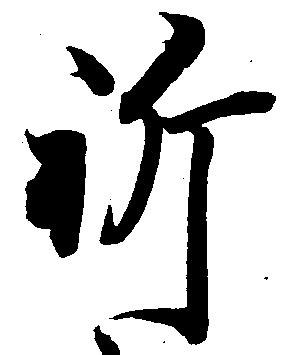
祈